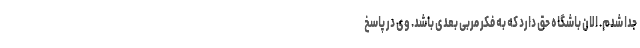
جدا شدم. الان باشگاه حق دارد که به فکر مربی بعدی باشد. وی در پاسخ